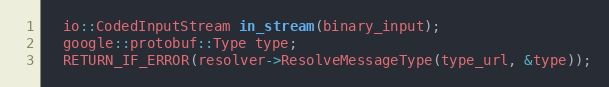
Language: C++
  io::CodedInputStream in_stream(binary_input);
  google::protobuf::Type type;
  RETURN_IF_ERROR(resolver->ResolveMessageType(type_url, &type));